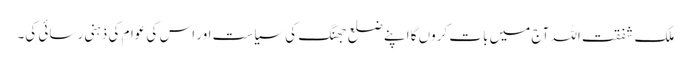
ملک شفقت اللہ آج میں بات کروں گا اپنے ضلع جھنگ کی سیاست اور اس کی عوام کی ذہنی رسائی کی۔